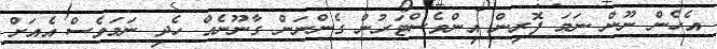
އެހެން ނޫން ނަމަ ފޮރިން އިންވެސްޓަރުން ގެންނަން ގާނޫނެއް ހެދި ނަމަވެސް އެއަށް